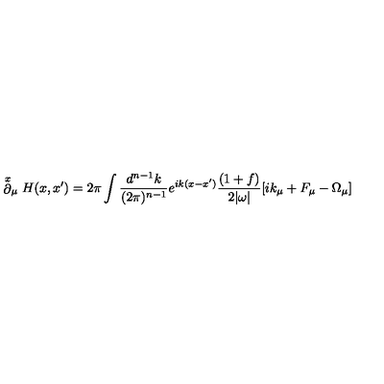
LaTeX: \stackrel { x } { \partial } _ { \mu } H ( x , x ^ { \prime } ) = 2 \pi \int \frac { d ^ { n - 1 } k } { ( 2 \pi ) ^ { n - 1 } } e ^ { i k ( x - x ^ { \prime } ) } \frac { ( 1 + f ) } { 2 | \omega | } \lbrack i k _ { \mu } + F _ { \mu } - \Omega _ { \mu } \rbrack